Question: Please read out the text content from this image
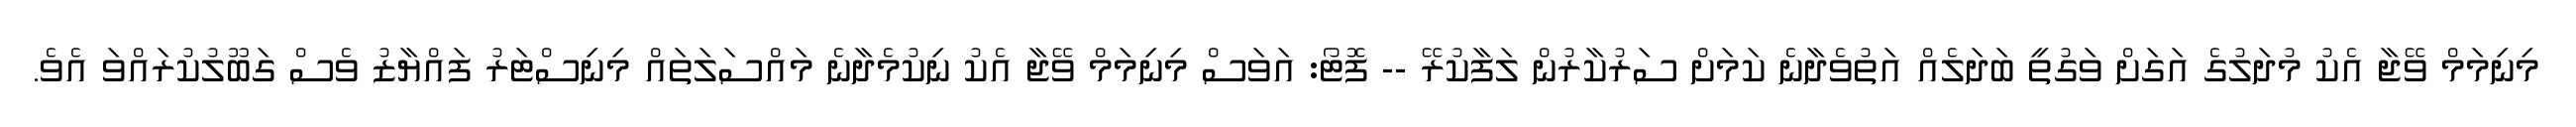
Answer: މިނިމަމް ވޭޖާ އެކު މުދަލުގެ އަގަށް ވަގުތީ ބަދަލެއް އަތުވެދާނެ ކަމަށް ސަރުކާރުން ލަފާކުރޭ -- ފޮޓޯ: އަވަސް މިނިމަމް ވޭޖާ އެކު ނިކުމެދާނެ މައްސަލަތައް މިނިސްޓަރު ފައްޔާޒު ވެސް ގަބޫލުކުރައްވަ އެވެ.